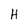
Character: H